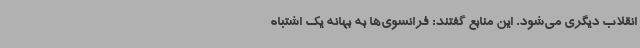
انقلاب دیگری می‌شود. این منابع گفتند: فرانسوی‌ها به بهانه یک اشتباه